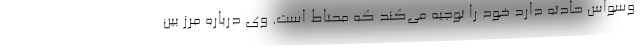
وسواس حادثه دارد خود را توجیه می‌کند که محتاط است. وی درباره مرز بین